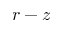
r - z